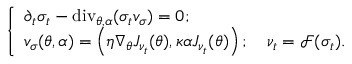
\left\{ \begin{array} { l l } { \partial _ { t } \sigma _ { t } - \mathrm { d i v } _ { \theta , \alpha } ( \sigma _ { t } v _ { \sigma } ) = 0 ; } \\ { v _ { \sigma } ( \theta , \alpha ) = \left( \eta \nabla _ { \theta } J _ { \nu _ { t } } ( \theta ) , \kappa \alpha J _ { \nu _ { t } } ( \theta ) \right) ; \quad \nu _ { t } = \mathcal { F } ( \sigma _ { t } ) . } \end{array} \right.